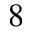
8